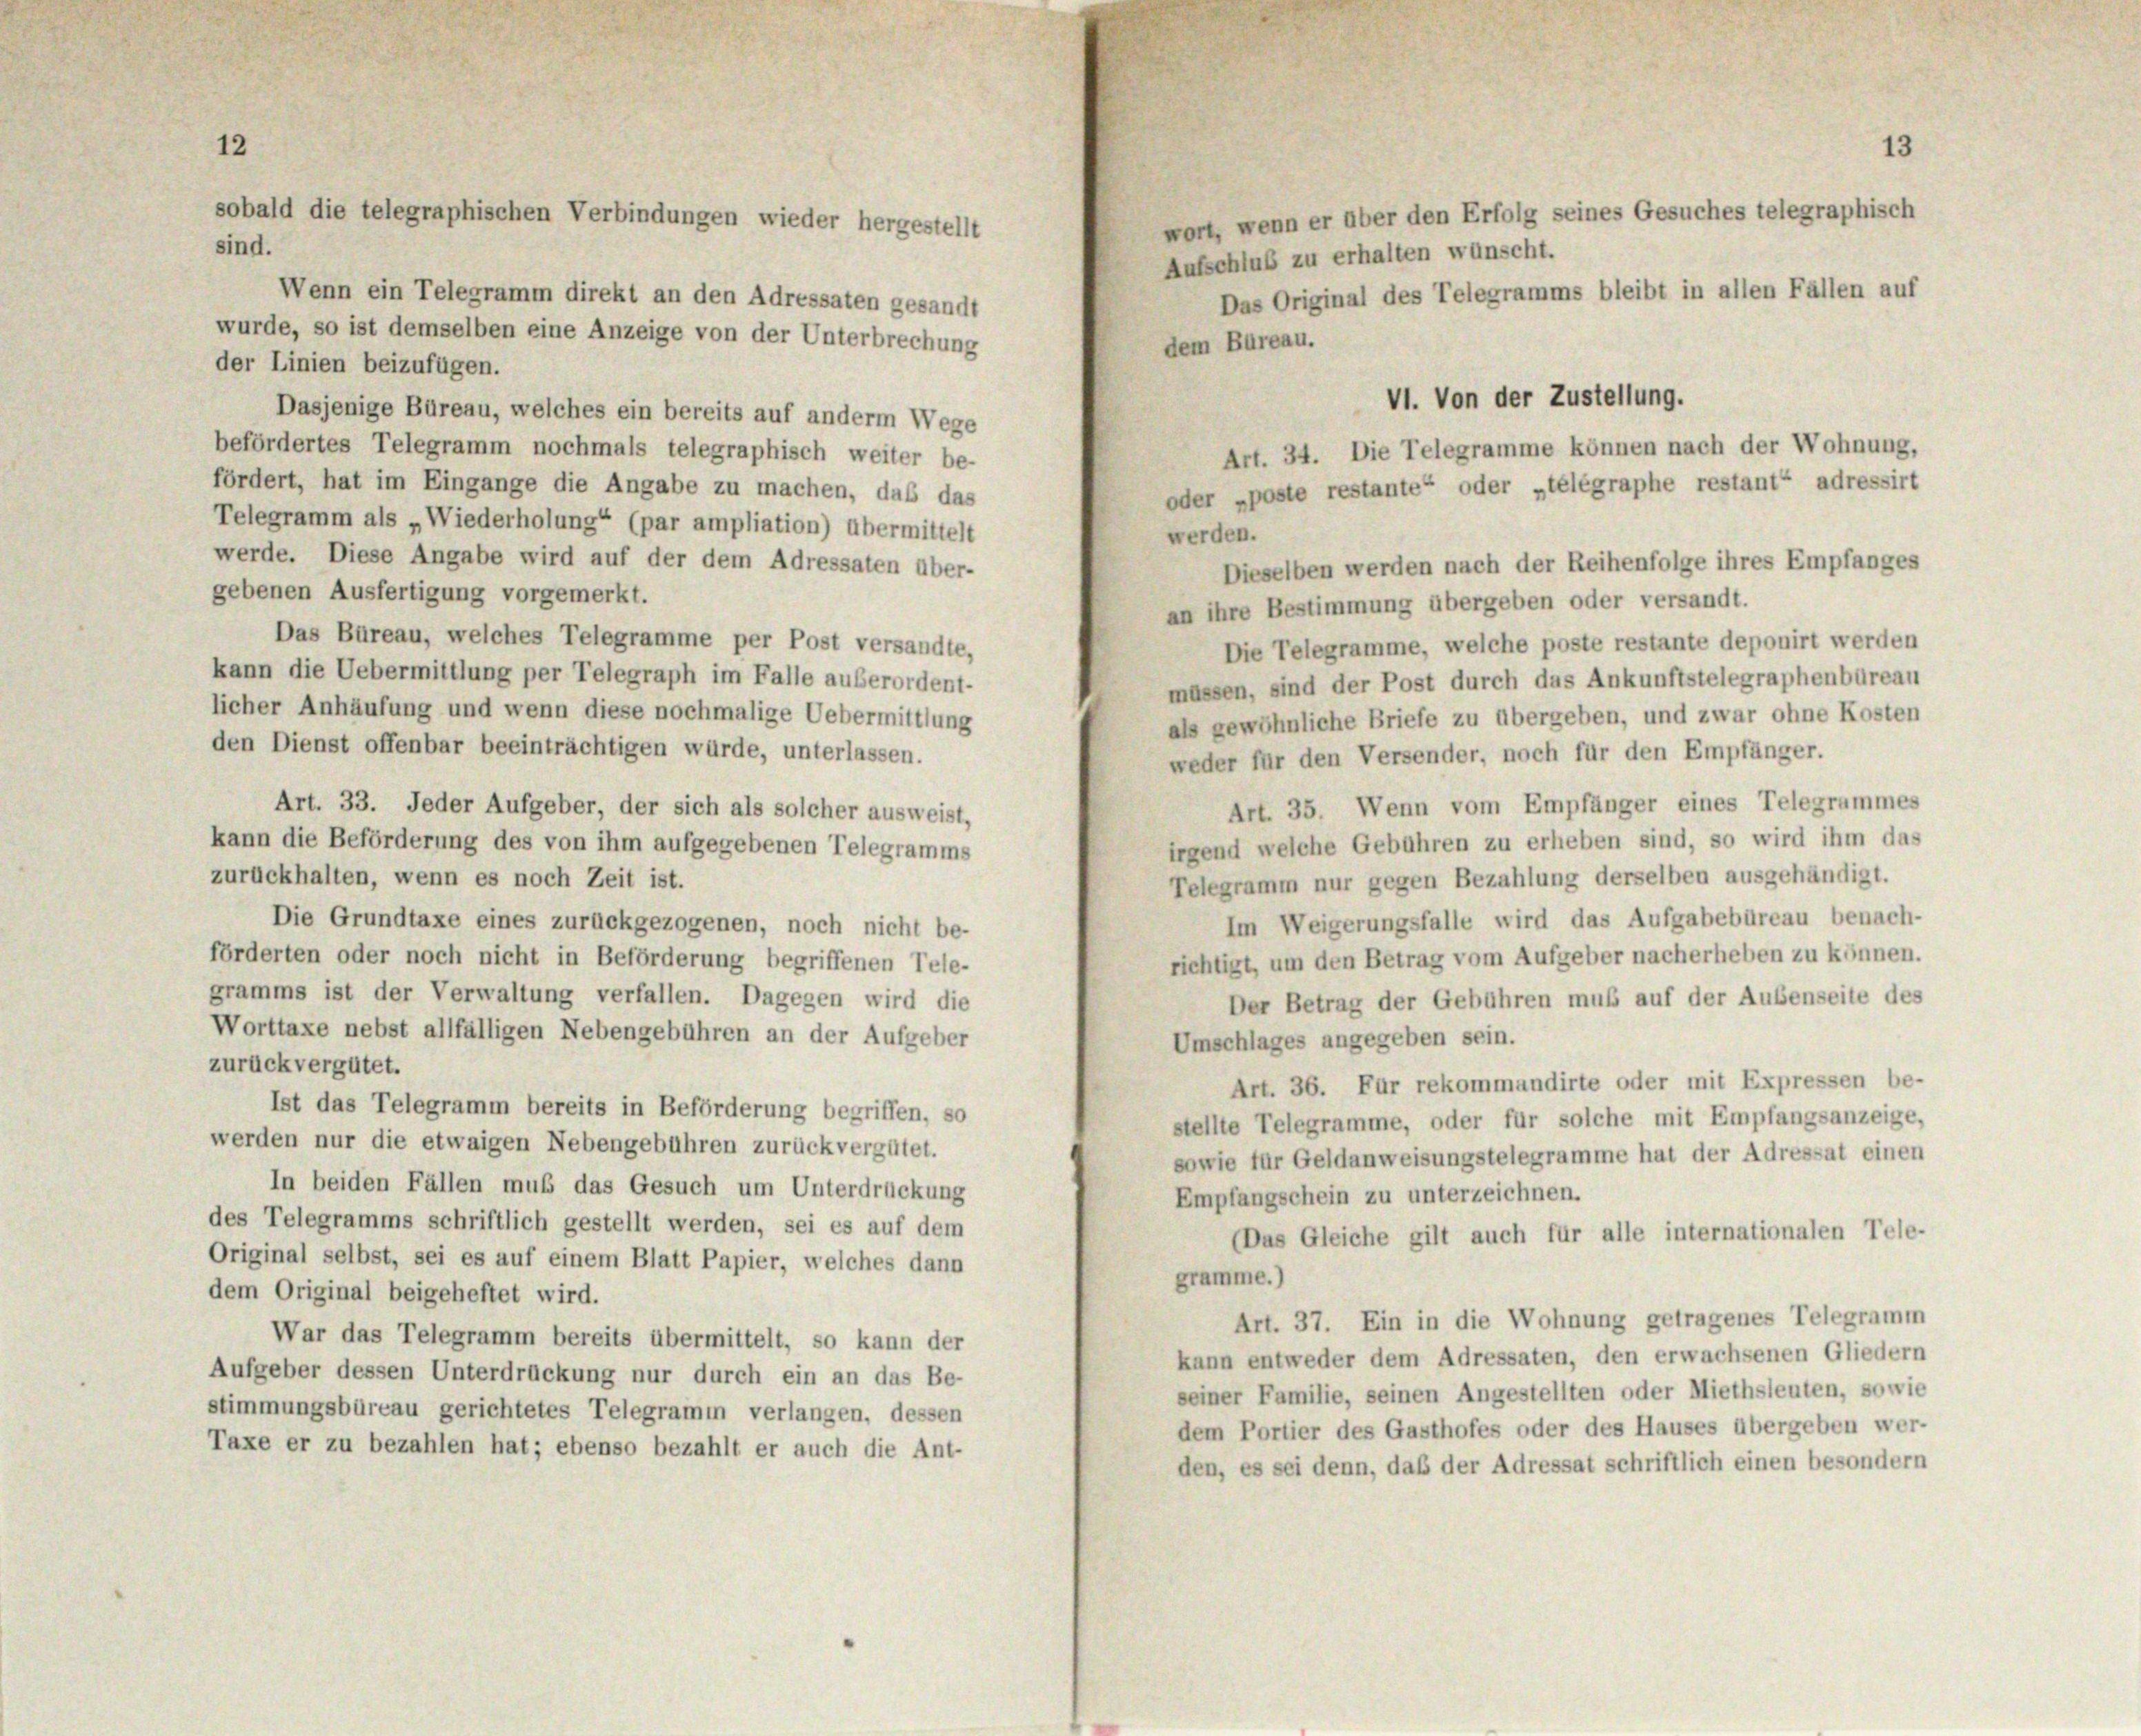
sobald die telegraphischen Verbindungen wieder hergestellt

1.

wort, wenn er über den Erfolg seines Gesuches telegraphisch
sind.
Aufschluß zu erhalten wünscht.
Das Original des Telegramms bleibt in allen Fällen auf
Wenn ein Telegramm direkt an den Adressaten gesandt
wurde, so ist demselben eine Anzeige von der Unterbrechung
dem Büreau.
der Linien beizufügen.
VI. Von der Zustellung.
Dasjenige Büreau, welches ein bereits auf anderm Wege
befördertes Telegramm nochmals telegraphisch weiter be-
Art. 34. Die Telegramme können nach der Wohnung,
fördert, hat im Eingange die Angabe zu machen, das das
oder „poste restante“ oder „télégraphe restant“ adressirt
Telegramm als „Wiederholung“ (par ampliation) übermittelt
werden.
werde. Diese Angabe wird auf der dem Adressaten über-
Dieselben werden nach der Reihenfolge ihres Empfanges
gebenen Ausfertigung vorgemerkt.
an ihre Bestimmung übergeben oder versandt.
Das Büreau, welches Telegramme per Post versandte,
Die Telegramme, welche poste restante deponirt werden
kann die Uebermittlung per Telegraph im Falle auserordent-
massen, sind der Post durch das Ankunftstelegraphenbüreau
licher Anhäufung und wenn diese nochmalige Uebermittlung
als gewöhnliche Briefe zu übergeben, und zwar ohne Kosten
den Dienst offenbar beeinträchtigen würde, unterlassen.
weder für den Versender, noch für den Empfänger.
Art. 35. Wenn vom Empfänger eines Telegrammes
Art. 33. Jeder Aufgeber, der sich als solcher ausweist,
irgend welche Gebühren zu erheben sind, so wird ihm das
kann die Beförderung des von ihm aufgegebenen Telegramms
zurückhalten, wenn es noch Zeit ist.
Telegramm nur gegen Bezahlung derselben ausgehändigt.
Im Weigerungsfalle wird das Aufgabebüreau benach-
Die Grundtaxe eines zurückgezogenen, noch nicht be-
förderten oder noch nicht in Beförderung begriffenen Tele-
richtigt, um den Betrag vom Aufgeber nacherheben zu können.
gramms ist der Verwaltung verfallen. Dagegen wird die
Der Betrag der Gebühren muß auf der Außenseite des
Worttaxe nebst allfälligen Nebengebühren an der Aufgeber
Umschlages angegeben sein.
zurückvergütet.
Art. 36. Für rekommandirte oder mit Expressen be-
Ist das Telegramm bereits in Beförderung begriffen, so
stellte Telegramme, oder für solche mit Empfangsanzeige,
werden nur die etwaigen Nebengebühren zurückvergütet.
sowie für Geldanweisungstelegramme hat der Adressat einen
In beiden Fällen muß das Gesuch um Unterdrückung
Empfangschein zu unterzeichnen.
des Telegramms schriftlich gestellt werden, sei es auf dem
Das Gleiche gilt auch für alle internationalen Tele-
Original selbst, sei es auf einem Blatt Papier, welches dann
gramme.)
dem Original beigeheftet wird.
Art. 37. Ein in die Wohnung getragenes Telegramm
War das Telegramm bereits übermittelt, so kann der
kann entweder dem Adressaten, den erwachsenen Gliedern
Aufgeber dessen Unterdrückung nur durch ein an das Be-
seiner Familie, seinen Angestellten oder Miethsleuten, sowie
stimmungsbüreau gerichtetes Telegramm verlangen, dessen
dem Portier des Gasthofes oder des Hauses übergeben wer-
Taxe er zu bezahlen hat; ebenso bezahlt er auch die Ant-
den, es sei denn, daß der Adressat schriftlich einen besondern